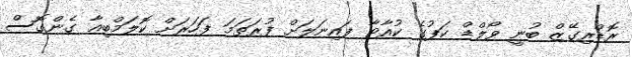
ރޮޑްރިގޭޒް ބުނީ ވޯލްޑް ކަޕުގެ ކުއާޓާ ފައިނަލަށް ފުރަތަމަ ފަހަރަށް ކޮލަމްބިއާ ގެންގޮސް